Elephants and their diseases
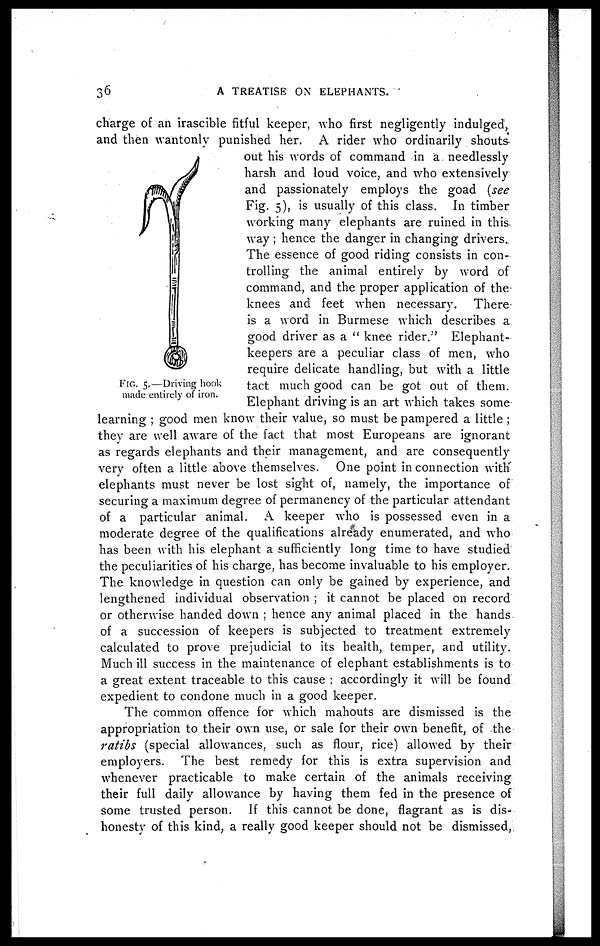
36
A TREATISE ON ELEPHANTS.
charge of an irascible fitful keeper, who first negligently indulged,
and then wantonly punished her. A rider who ordinarily shouts
out his words of command in a needlessly
harsh and loud voice, and who extensively
and passionately employs the goad {see
Fig.5), is usually of this class. In timber
working many elephants are ruined in this
way ; hence the danger in changing drivers.
The essence of good riding consists in con-
trolling the animal entirely by word of
command, and the proper application of the
knees and feet when necessary. There
is a word in Burmese which describes a
good driver as a " knee rider." Elephant-
keepers are a peculiar class of men, who
require delicate handling, but with a little
tact much good can be got out of them.
Elephant driving is an art which takes some
learning ; good men know their value, so must be pampered a little ;
they are well aware of the fact that most Europeans are ignorant
as regards elephants and their management, and are consequently
very often a little above themselves. One point in connection with
elephants must never be lost sight of, namely, the importance of
securing a maximum degree of permanency of the particular attendant
of a particular animal. A keeper who is possessed even in a
moderate degree of the qualifications already enumerated, and who
has been with his elephant a sufficiently long time to have studied
the peculiarities of his charge, has become invaluable to his employer.
The knowledge in question can only be gained by experience, and
lengthened individual observation ; it cannot be placed on record
or otherwise handed down ; hence any animal placed in the hands
of a succession of keepers is subjected to treatment extremely
calculated to prove prejudicial to its health, temper, and utility.
Much ill success in the maintenance of elephant establishments is to
a great extent traceable to this cause ; accordingly it will be found
expedient to condone much in a good keeper.
The common offence for which mahouts are dismissed is the
appropriation to their own use, or sale for their own benefit, of the
ratibs (special allowances, such as flour, rice) allowed by their
employers. The best remedy for this is extra supervision and
whenever practicable to make certain of the animals receiving
their full daily allowance by having them fed in the presence of
some trusted person. If this cannot be done, flagrant as is dis-
honesty of this kind, a really good keeper should not be dismissed,
FIG. 5.—Driving hook
made entirely of iron.